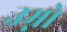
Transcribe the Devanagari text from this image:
उम्नो